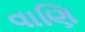
વાણિ